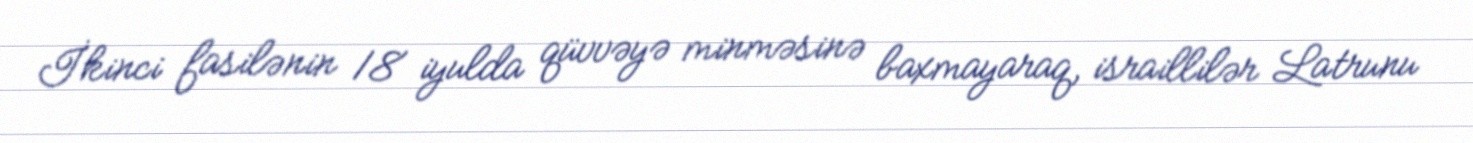
İkinci fasilənin 18 iyulda qüvvəyə minməsinə baxmayaraq, israillilər Latrunu